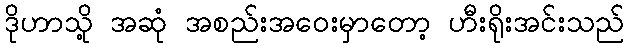
ဒိုဟာသို့ အဆုံ အစည်းအဝေးမှာတော့ ဟီးရိုးအင်းသည်